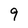
Character: 9